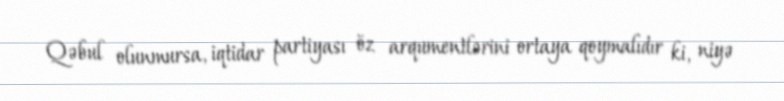
Qəbul olunmursa, iqtidar partiyası öz arqumentlərini ortaya qoymalıdır ki, niyə